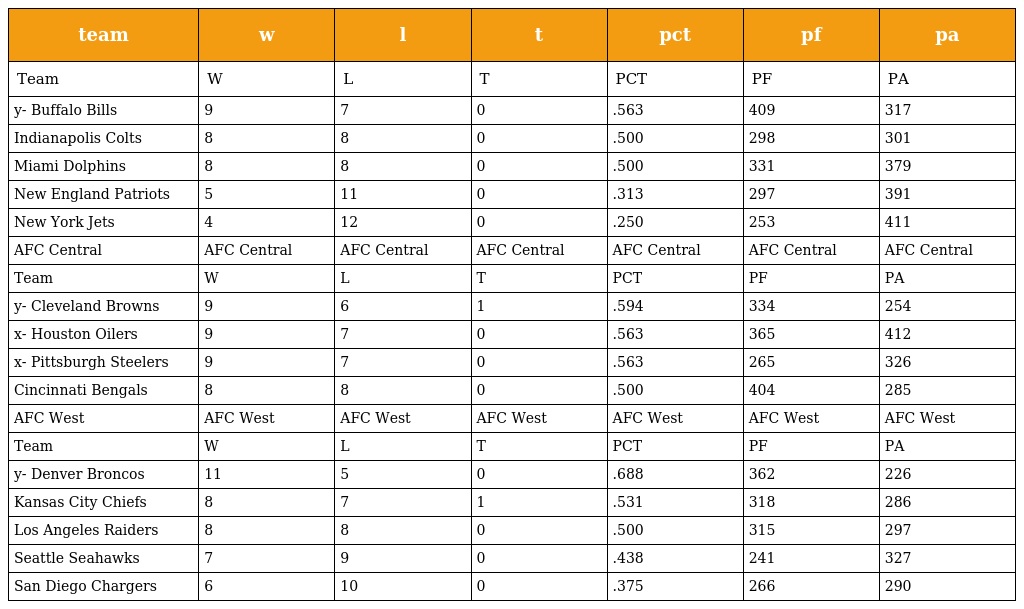
| team | w | l | t | pct | pf | pa |
 | --- | --- | --- | --- | --- | --- | --- |
 | Team | W | L | T | PCT | PF | PA |
 | y- Buffalo Bills | 9 | 7 | 0 | .563 | 409 | 317 |
 | Indianapolis Colts | 8 | 8 | 0 | .500 | 298 | 301 |
 | Miami Dolphins | 8 | 8 | 0 | .500 | 331 | 379 |
 | New England Patriots | 5 | 11 | 0 | .313 | 297 | 391 |
 | New York Jets | 4 | 12 | 0 | .250 | 253 | 411 |
 | AFC Central | AFC Central | AFC Central | AFC Central | AFC Central | AFC Central | AFC Central |
 | Team | W | L | T | PCT | PF | PA |
 | y- Cleveland Browns | 9 | 6 | 1 | .594 | 334 | 254 |
 | x- Houston Oilers | 9 | 7 | 0 | .563 | 365 | 412 |
 | x- Pittsburgh Steelers | 9 | 7 | 0 | .563 | 265 | 326 |
 | Cincinnati Bengals | 8 | 8 | 0 | .500 | 404 | 285 |
 | AFC West | AFC West | AFC West | AFC West | AFC West | AFC West | AFC West |
 | Team | W | L | T | PCT | PF | PA |
 | y- Denver Broncos | 11 | 5 | 0 | .688 | 362 | 226 |
 | Kansas City Chiefs | 8 | 7 | 1 | .531 | 318 | 286 |
 | Los Angeles Raiders | 8 | 8 | 0 | .500 | 315 | 297 |
 | Seattle Seahawks | 7 | 9 | 0 | .438 | 241 | 327 |
 | San Diego Chargers | 6 | 10 | 0 | .375 | 266 | 290 |